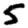
Digit: 5